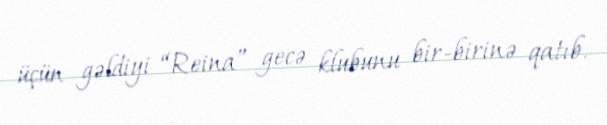
üçün gəldiyi “Reina” gecə klubunu bir-birinə qatıb.